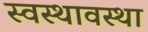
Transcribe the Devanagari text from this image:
स्वस्थावस्था